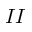
I I